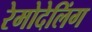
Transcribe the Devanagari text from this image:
रेमोदेलिंग